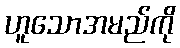
ဟူသောအမည်ကို